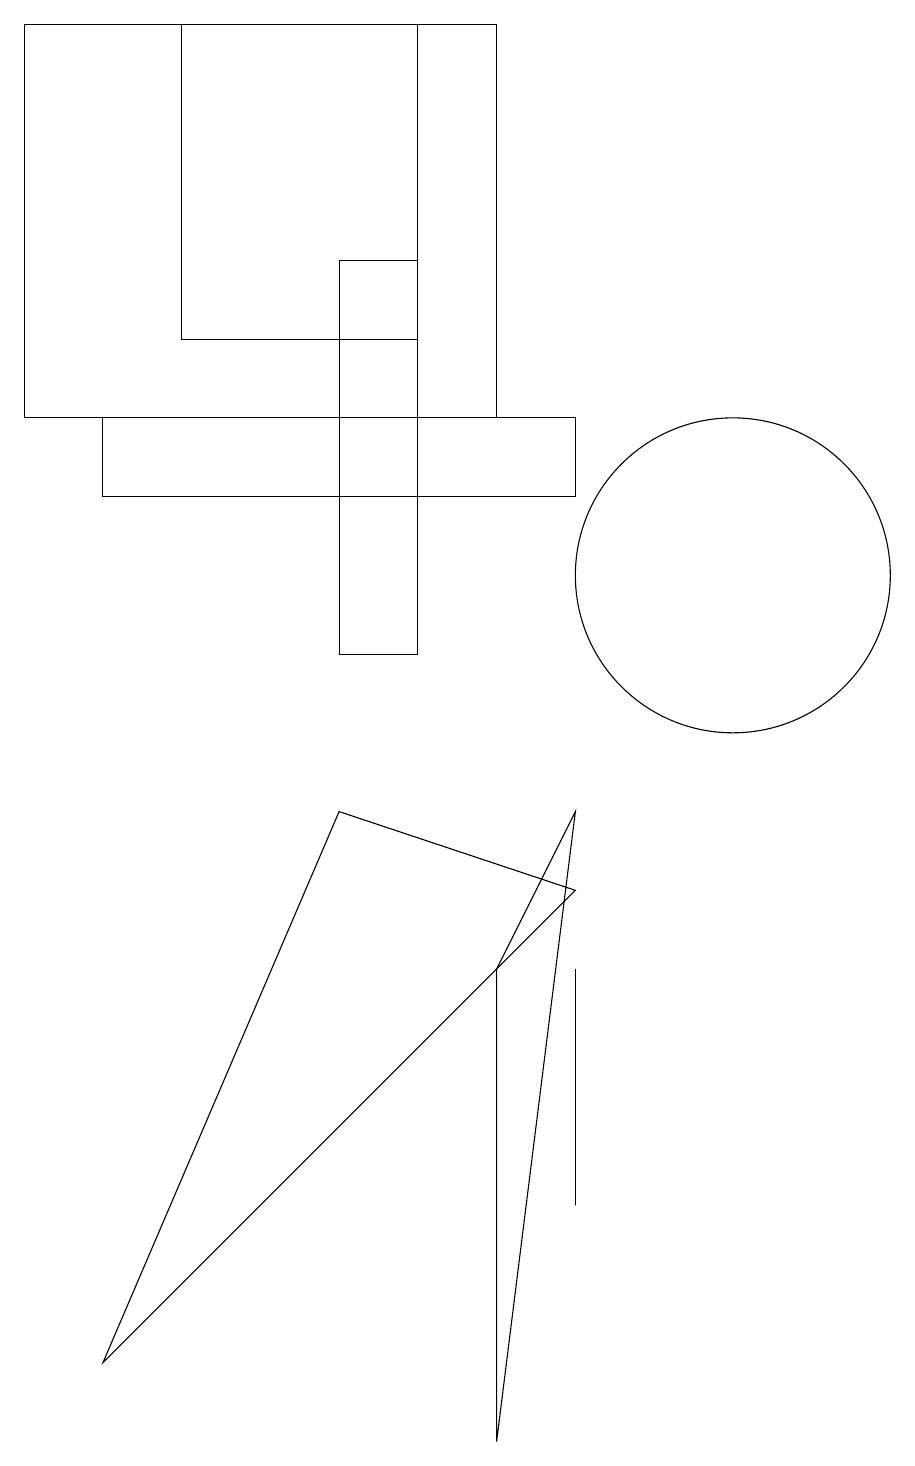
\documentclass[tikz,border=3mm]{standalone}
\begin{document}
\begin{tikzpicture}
\draw (7,0) -- (8,8) -- (7,6) -- cycle;
\draw (7,13) rectangle (1,18);
\draw (8,3) -- (8,6) -- (8,4) -- cycle;
\draw (10,11) circle (2);
\draw (5,10) rectangle (6,15);
\draw (5,8) -- (8,7) -- (2,1) -- cycle;
\draw (2,12) rectangle (8,13);
\draw (3,18) rectangle (6,14);
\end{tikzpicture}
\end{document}